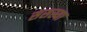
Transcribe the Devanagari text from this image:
ससस्या